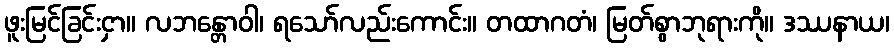
ဖူးမြင်ခြင်းငှာ။ လဘန္တောဝါ၊ ရသော်လည်းကောင်း။ တထာဂတံ၊ မြတ်စွာဘုရားကို။ ဒဿနာယ၊